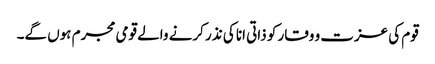
قوم کی عزت و وقار کو ذاتی انا کی نذر کرنے والے قومی مجرم ہوں گے۔